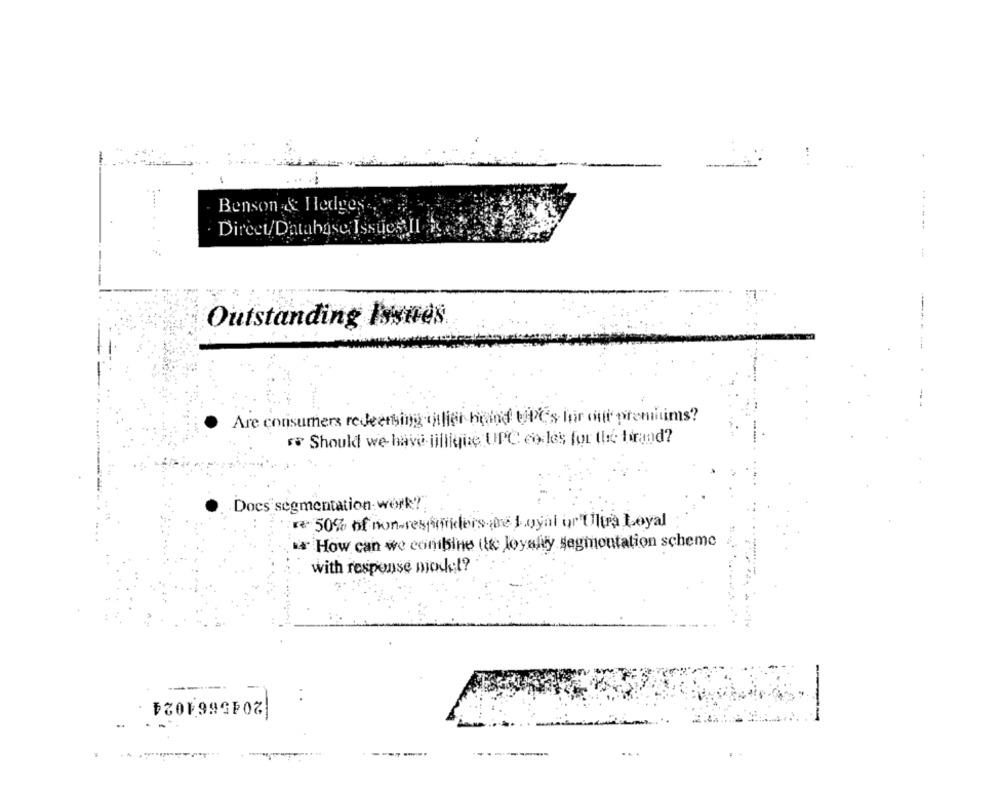
Benson & Hedges-
..----
Direct/Database Issues Il
--
Outstanding Issues
Are consumers redeeming millet bided UP's far out premiums?
** Should we have jillique UPC codles for the tirand?
Docs segmentation-work?
re 50% of non-respondersite Loyal or Ultra Loyal
* How can we conbine itt loyalty segmentation scheme
with response nick ;!?
2045661024